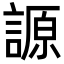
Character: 謜